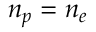
n _ { p } = n _ { e }